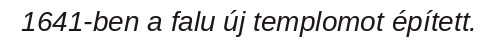
1641-ben a falu új templomot épített.